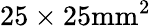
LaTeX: \mathrm{25\times 25mm^{2}}